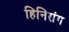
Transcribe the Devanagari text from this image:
हिनिरांग